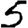
Digit: 5